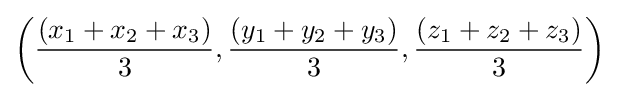
\left({\frac {(x_{1}+x_{2}+x_{3})}{3}},{\frac {(y_{1}+y_{2}+y_{3})}{3}},{\frac {(z_{1}+z_{2}+z_{3})}{3}}\right)